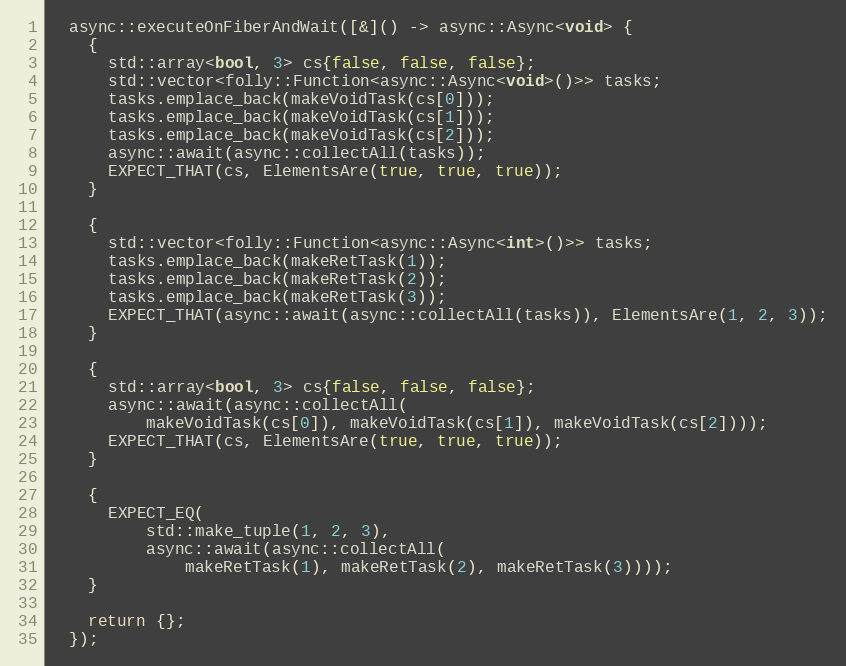
Language: C++
  async::executeOnFiberAndWait([&]() -> async::Async<void> {
    {
      std::array<bool, 3> cs{false, false, false};
      std::vector<folly::Function<async::Async<void>()>> tasks;
      tasks.emplace_back(makeVoidTask(cs[0]));
      tasks.emplace_back(makeVoidTask(cs[1]));
      tasks.emplace_back(makeVoidTask(cs[2]));
      async::await(async::collectAll(tasks));
      EXPECT_THAT(cs, ElementsAre(true, true, true));
    }

    {
      std::vector<folly::Function<async::Async<int>()>> tasks;
      tasks.emplace_back(makeRetTask(1));
      tasks.emplace_back(makeRetTask(2));
      tasks.emplace_back(makeRetTask(3));
      EXPECT_THAT(async::await(async::collectAll(tasks)), ElementsAre(1, 2, 3));
    }

    {
      std::array<bool, 3> cs{false, false, false};
      async::await(async::collectAll(
          makeVoidTask(cs[0]), makeVoidTask(cs[1]), makeVoidTask(cs[2])));
      EXPECT_THAT(cs, ElementsAre(true, true, true));
    }

    {
      EXPECT_EQ(
          std::make_tuple(1, 2, 3),
          async::await(async::collectAll(
              makeRetTask(1), makeRetTask(2), makeRetTask(3))));
    }

    return {};
  });